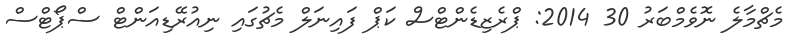
މެޗްމާލެ ނޮވެމްބަރު 30 2014: ޕްރެޒިޑެންޓްސް ކަޕް ފައިނަލް މެޗުގައި ނިއުރޭޑިއަންޓް ސްޕޯޓްސް